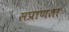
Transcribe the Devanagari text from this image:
सप्राणता